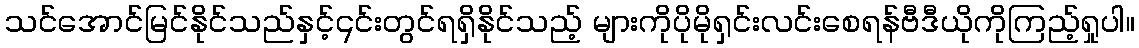
သင်အောင်မြင်နိုင်သည်နှင့်၎င်းတွင်ရရှိနိုင်သည့် များကိုပိုမိုရှင်းလင်းစေရန်ဗီဒီယိုကိုကြည့်ရှုပါ။